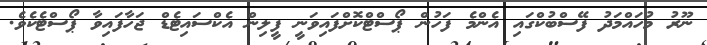
ނޫރު މުހައްމަދު ފޭސްބުކްގައި އެންމެ ފަހުން ޕޯސްޓްކޮށްފައިވަނީ ފީލިން އެކްސައިޓެޑް ޖަހާފައިވާ ޕޯސްޓެކެވެ.